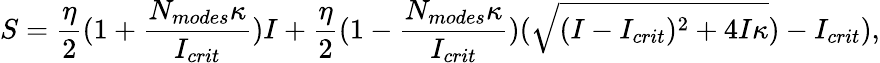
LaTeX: S=\frac{\eta}{2}(1+\frac{N_{modes}\kappa}{I_{crit}})I+\frac{\eta}{2}(1-\frac{N_{modes}\kappa}{I_{crit}})(\sqrt{(I-I_{crit})^{2}+4I\kappa})-I_{crit}),